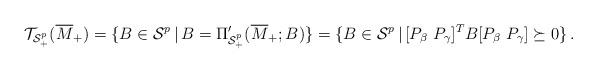
LaTeX: \begin{align*}{\cal T}_{{\cal S}_+^p} (\overline{M}_+) =\{B\in {\cal S}^p\, |\, B = \Pi_{{\cal S}_+^p} ^{ \prime}(\overline{M}_+;B)\} =\{B\in{\cal S}^p\, |\, [P_\beta \ P_\gamma]^T B[P_\beta \ P_\gamma] \succeq 0\}\, .\end{align*}%\end{align*}